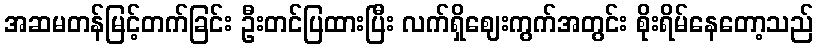
အဆမတန်မြင့်တက်ခြင်း ဦးတင်ပြထားပြီး လက်ရှိဈေးကွက်အတွင်း စိုးရိမ်နေတော့သည်